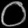
Digit: ၀